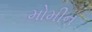
મોમીન